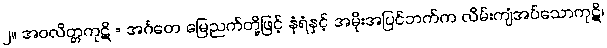
၂။ အဝလိတ္တကုဋိ = အင်္ဂတေ မြေညက်တို့ဖြင့် နံရံနှင့် အမိုးအပြင်ဘက်က လိမ်းကျံအပ်သောကုဋိ၊